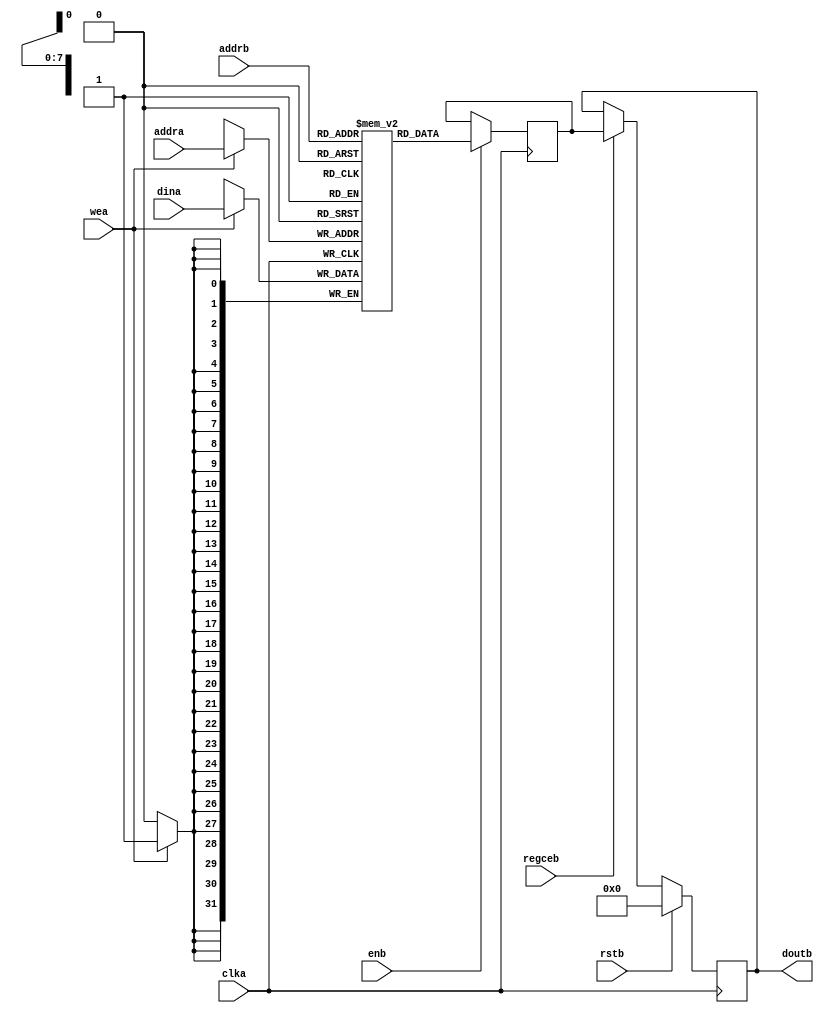
`timescale 1ns / 1ps
//////////////////////////////////////////////////////////////////////////////////
// Company: 
// Engineer: 
// 
// Design Name: 
// Module Name: sdp_bram
// Project Name: 
// Target Devices: 
// Tool Versions: 
// Description: Xilinx Simple Dual Port Single Clock RAM
// 
// Dependencies: 0.5 BRAM
// 
// Revision:
// Revision 0.01 - File Created
// Additional Comments:
// 
//////////////////////////////////////////////////////////////////////////////////

//  Xilinx Simple Dual Port Single Clock RAM
//  This code implements a parameterizable SDP single clock memory.
//  If a reset or enable is not necessary, it may be tied off or removed from the code.
module sdp_bram #(
  parameter RAM_WIDTH = 32,                       // Specify RAM data width
  parameter RAM_DEPTH = 256,                      // Specify RAM depth (number of entries)
  parameter RAM_PERFORMANCE = "HIGH_PERFORMANCE", // Select "HIGH_PERFORMANCE" or "LOW_LATENCY" 
  parameter INIT_FILE = ""                        // Specify name/location of RAM initialization file if using one (leave blank if not)
) (
  input [clogb2(RAM_DEPTH-1)-1:0] addra, // Write address bus, width determined from RAM_DEPTH
  input [clogb2(RAM_DEPTH-1)-1:0] addrb, // Read address bus, width determined from RAM_DEPTH
  input [RAM_WIDTH-1:0] dina,          // RAM input data
  input clka,                          // Clock
  input wea,                           // Write enable
  input enb,                           // Read Enable, for additional power savings, disable when not in use
  input rstb,                          // Output reset (does not affect memory contents)
  input regceb,                        // Output register enable
  output [RAM_WIDTH-1:0] doutb         // RAM output data
);

  reg [RAM_WIDTH-1:0] BRAM [RAM_DEPTH-1:0];
  reg [RAM_WIDTH-1:0] ram_data = {RAM_WIDTH{1'b0}};

  // The following code either initializes the memory values to a specified file or to all zeros to match hardware
  generate
    if (INIT_FILE != "") begin: use_init_file
      initial
        $readmemh(INIT_FILE, BRAM, 0, RAM_DEPTH-1);
    end else begin: init_bram_to_zero
      integer ram_index;
      initial
        for (ram_index = 0; ram_index < RAM_DEPTH; ram_index = ram_index + 1)
          BRAM[ram_index] = {RAM_WIDTH{1'b0}};
    end
  endgenerate

  always @(posedge clka) begin
    if (wea)
      BRAM[addra] <= dina;
    if (enb)
      ram_data <= BRAM[addrb];
  end

  //  The following code generates HIGH_PERFORMANCE (use output register) or LOW_LATENCY (no output register)
  generate
    if (RAM_PERFORMANCE == "LOW_LATENCY") begin: no_output_register

      // The following is a 1 clock cycle read latency at the cost of a longer clock-to-out timing
       assign doutb = ram_data;

    end else begin: output_register

      // The following is a 2 clock cycle read latency with improve clock-to-out timing

      reg [RAM_WIDTH-1:0] doutb_reg = {RAM_WIDTH{1'b0}};

      always @(posedge clka)
        if (rstb)
          doutb_reg <= {RAM_WIDTH{1'b0}};
        else if (regceb)
          doutb_reg <= ram_data;

      assign doutb = doutb_reg;

    end
  endgenerate

  //  The following function calculates the address width based on specified RAM depth
  function integer clogb2;
    input integer depth;
      for (clogb2=0; depth>0; clogb2=clogb2+1)
        depth = depth >> 1;
  endfunction

endmodule

// The following is an instantiation template for xilinx_simple_dual_port_1_clock_ram
/*
//  Xilinx Simple Dual Port Single Clock RAM
  sdp_bram #(
    .RAM_WIDTH(18),                       // Specify RAM data width
    .RAM_DEPTH(1024),                     // Specify RAM depth (number of entries)
    .RAM_PERFORMANCE("HIGH_PERFORMANCE"), // Select "HIGH_PERFORMANCE" or "LOW_LATENCY" 
    .INIT_FILE("")                        // Specify name/location of RAM initialization file if using one (leave blank if not)
  ) your_instance_name (
    .addra(addra),   // Write address bus, width determined from RAM_DEPTH
    .addrb(addrb),   // Read address bus, width determined from RAM_DEPTH
    .dina(dina),     // RAM input data, width determined from RAM_WIDTH
    .clka(clka),     // Clock
    .wea(wea),       // Write enable
    .enb(enb),	     // Read Enable, for additional power savings, disable when not in use
    .rstb(rstb),     // Output reset (does not affect memory contents)
    .regceb(regceb), // Output register enable
    .doutb(doutb)    // RAM output data, width determined from RAM_WIDTH
  );
*/